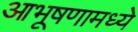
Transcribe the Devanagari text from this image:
आभूषणामध्ये